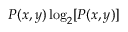
P ( x , y ) \log _ { 2 } [ P ( x , y ) ]